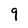
Character: 9